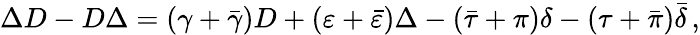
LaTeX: \Delta D-D\Delta=(\gamma+{\bar{\gamma}})D+(\varepsilon+{\bar{\varepsilon}})\Delta-({\bar{\tau}}+\pi)\delta-(\tau+{\bar{\pi}}){\bar{\delta}}\, ,